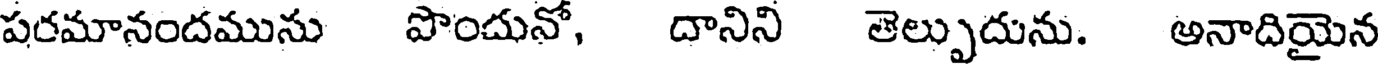
పరమానందమును పొందునో, దానిని తెల్పుదును. అనాదియైన